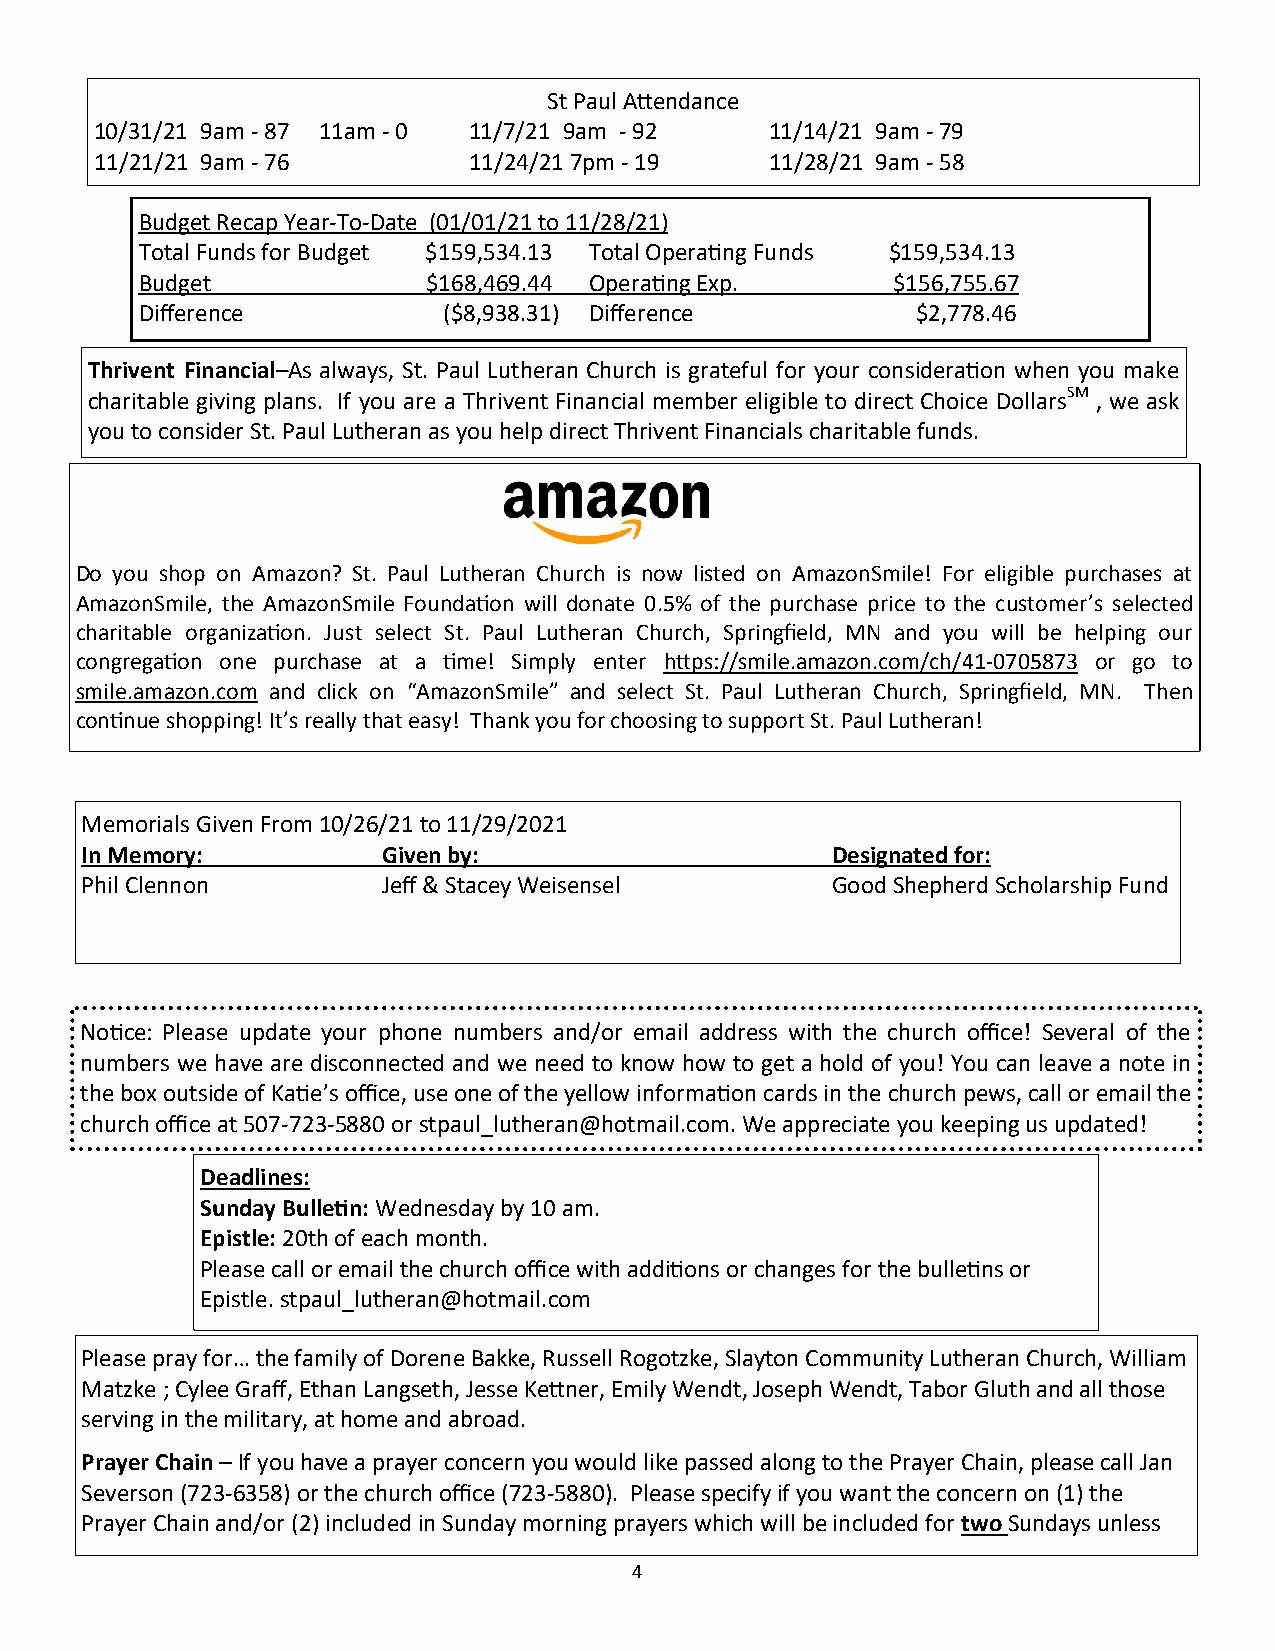
St Paul Attendance
 10/31/21 9am - 87 11am - 0 11/7/21 9am - 92  11/14/21 9am - 79
 11/21/21 9am - 76        11/24/21 7pm - 19   11/28/21 9am - 58
 Budget Recap Year-To-Date (01/01/21 to 11/28/21)
 Total Funds for Budget $159,534.13 Total Operating Funds $159,534.13
 Budget             $168,469.44 Operating Exp.     $156,755.67
 Difference          ($8,938.31) Difference          $2,778.46
 Thrivent Financial–As always, St. Paul Lutheran Church is grateful for your consideration when you make
 charitable giving plans. If you are a Thrivent Financial member eligible to direct Choice DollarsSM , we ask
 you to consider St. Paul Lutheran as you help direct Thrivent Financials charitable funds.
 Do you shop on Amazon? St. Paul Lutheran Church is now listed on AmazonSmile! For eligible purchases at
 AmazonSmile, the AmazonSmile Foundation will donate 0.5% of the purchase price to the customer’s selected
 charitable organization. Just select St. Paul Lutheran Church, Springfield, MN and you will be helping our
 congregation one purchase at a time! Simply enter https://smile.amazon.com/ch/41-0705873 or go to
 smile.amazon.com and click on “AmazonSmile” and select St. Paul Lutheran Church, Springfield, MN. Then
 continue shopping! It’s really that easy! Thank you for choosing to support St. Paul Lutheran!
 Memorials Given From 10/26/21 to 11/29/2021
 In Memory:          Given by:                     Designated for:
 Phil Clennon        Jeff & Stacey Weisensel       Good Shepherd Scholarship Fund
 Notice: Please update your phone numbers and/or email address with the church office! Several of the
 numbers we have are disconnected and we need to know how to get a hold of you! You can leave a note in
 the box outside of Katie’s office, use one of the yellow information cards in the church pews, call or email the
 church office at 507-723-5880 or stpaul_lutheran@hotmail.com. We appreciate you keeping us updated!
 Deadlines:
 Sunday Bulletin: Wednesday by 10 am.
 Epistle: 20th of each month.
 Please call or email the church office with additions or changes for the bulletins or
 Epistle. stpaul_lutheran@hotmail.com
 Please pray for… the family of Dorene Bakke, Russell Rogotzke, Slayton Community Lutheran Church, William
 Matzke ; Cylee Graff, Ethan Langseth, Jesse Kettner, Emily Wendt, Joseph Wendt, Tabor Gluth and all those
 serving in the military, at home and abroad.
 Prayer Chain – If you have a prayer concern you would like passed along to the Prayer Chain, please call Jan
 Severson (723-6358) or the church office (723-5880). Please specify if you want the concern on (1) the
 Prayer Chain and/or (2) included in Sunday morning prayers which will be included for two Sundays unless
 4